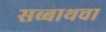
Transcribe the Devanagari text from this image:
सब्बाथचा